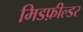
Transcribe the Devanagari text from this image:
मिडफ़ील्डर